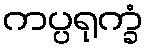
ကပ္ပရုက္ခံ